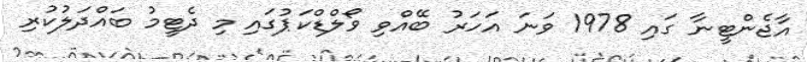
އާޖެންޓީނާ ގައި 1978 ވަނަ އަހަރު ބޭއްވި ވޯލްޑްކަޕުގައި މި ދެޓީމު ބައްދަލުކުރި